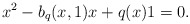
\begin{align*}x^2-b_q(x,1)x+q(x)1=0.\end{align*}